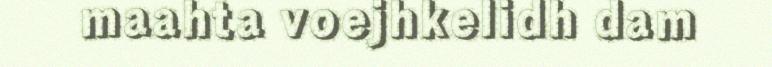
maahta voejhkelidh dam